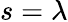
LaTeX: s=\lambda